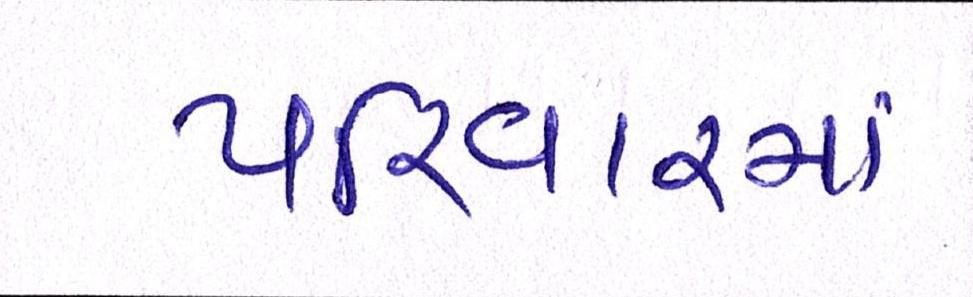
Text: પરિવારમાં